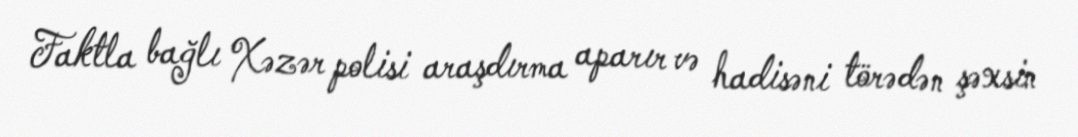
Faktla bağlı Xəzər polisi araşdırma aparır və hadisəni törədən şəxsin